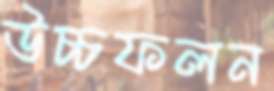
উচ্চফলন